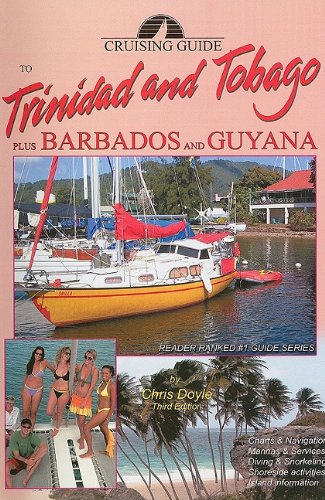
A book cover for Cruising Guide to Trinidad and Tobago Plus Barbados and Guyana (Cruising Guides); Chris Doyle; Travel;